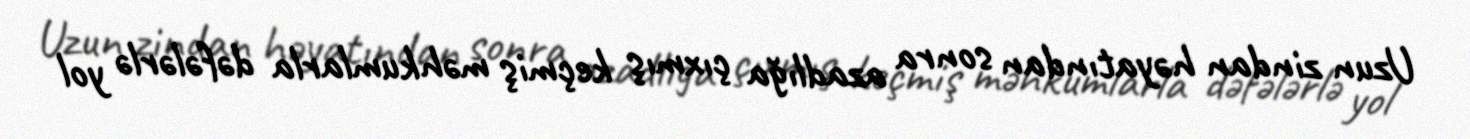
Uzun zindan həyatından sonra azadlığa çıxmış keçmiş məhkumlarla dəfələrlə yol